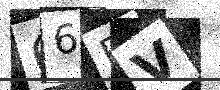
Text: 66EV